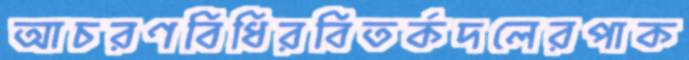
আচরণবিধিরবিতর্কদলেরপাক